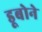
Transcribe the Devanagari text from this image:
डूबोने